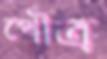
পৌত্র